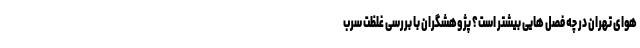
هوای تهران در چه فصل‌ هایی بیشتر است؟ پژوهشگران با بررسی غلظت سرب